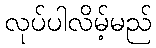
လုပ်ပါလိမ့်မည်